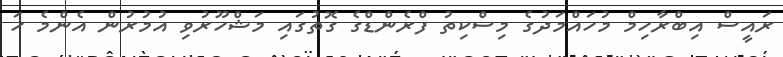
ރައީސް އިބްރާހިމް މުހައްމަދުގެ މިސްކިތު ފްރެންްޑްގެ ގޮތުގައި މަޝްހޫރުވި އުމުރުން އެންމެ ހަ